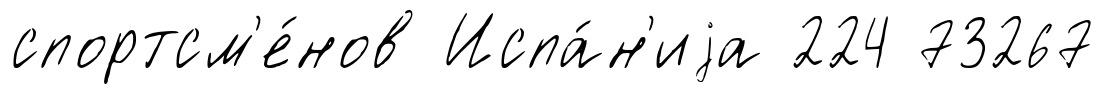
спортсм'е́нов Испа́н'иjа 224 73267